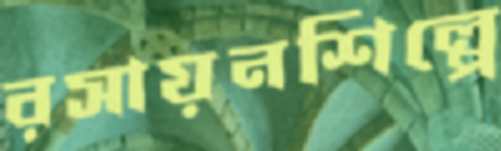
রসায়নশিল্পে